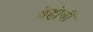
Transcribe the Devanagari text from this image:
बेहोषी